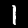
Label: 1